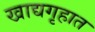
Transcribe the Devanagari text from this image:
खाद्यगृहात